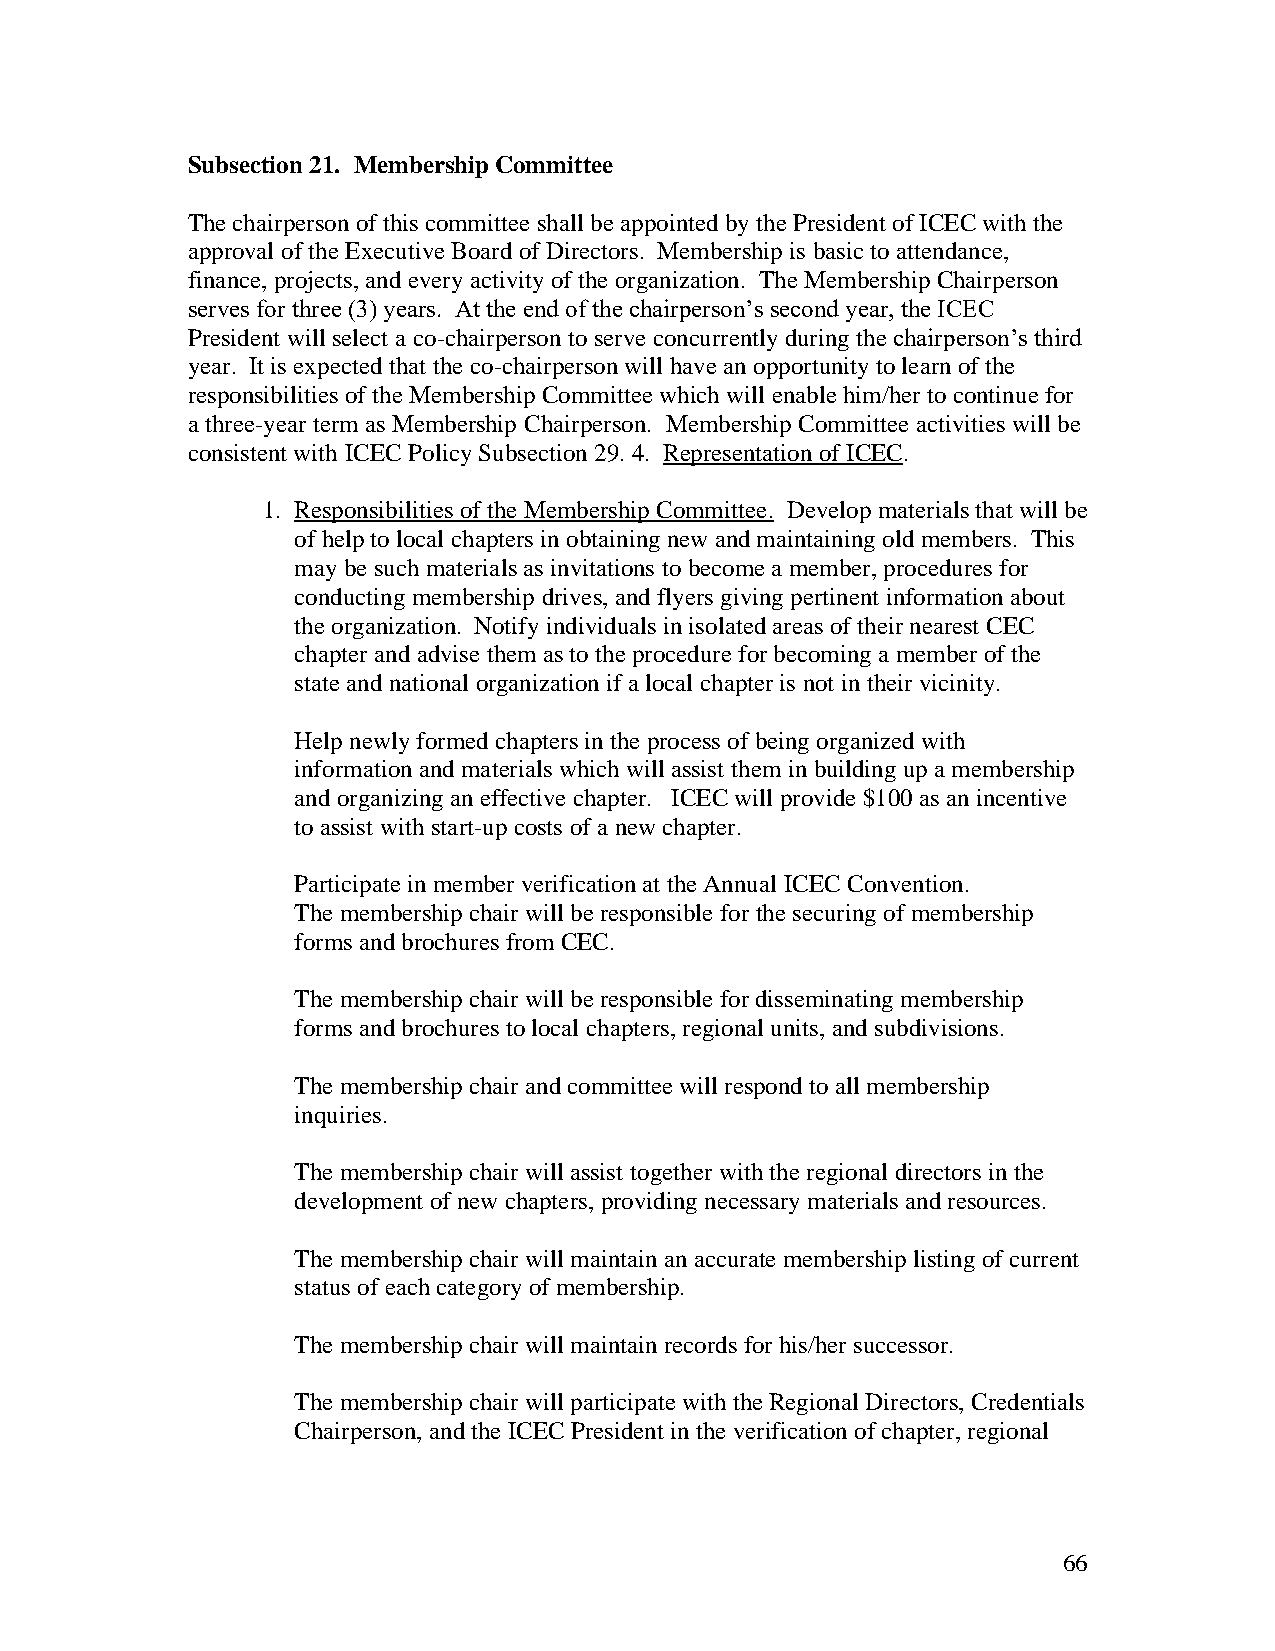
Subsection 21. Membership Committee
 The chairperson of this committee shall be appointed by the President of ICEC with the
 approval of the Executive Board of Directors. Membership is basic to attendance,
 finance, projects, and every activity of the organization. The Membership Chairperson
 serves for three (3) years. At the end of the chairperson’s second year, the ICEC
 President will select a co-chairperson to serve concurrently during the chairperson’s third
 year. It is expected that the co-chairperson will have an opportunity to learn of the
 responsibilities of the Membership Committee which will enable him/her to continue for
 a three-year term as Membership Chairperson. Membership Committee activities will be
 consistent with ICEC Policy Subsection 29. 4. Representation of ICEC.
 1. Responsibilities of the Membership Committee. Develop materials that will be
 of help to local chapters in obtaining new and maintaining old members. This
 may be such materials as invitations to become a member, procedures for
 conducting membership drives, and flyers giving pertinent information about
 the organization. Notify individuals in isolated areas of their nearest CEC
 chapter and advise them as to the procedure for becoming a member of the
 state and national organization if a local chapter is not in their vicinity.
 Help newly formed chapters in the process of being organized with
 information and materials which will assist them in building up a membership
 and organizing an effective chapter. ICEC will provide $100 as an incentive
 to assist with start-up costs of a new chapter.
 Participate in member verification at the Annual ICEC Convention.
 The membership chair will be responsible for the securing of membership
 forms and brochures from CEC.
 The membership chair will be responsible for disseminating membership
 forms and brochures to local chapters, regional units, and subdivisions.
 The membership chair and committee will respond to all membership
 inquiries.
 The membership chair will assist together with the regional directors in the
 development of new chapters, providing necessary materials and resources.
 The membership chair will maintain an accurate membership listing of current
 status of each category of membership.
 The membership chair will maintain records for his/her successor.
 The membership chair will participate with the Regional Directors, Credentials
 Chairperson, and the ICEC President in the verification of chapter, regional
 66